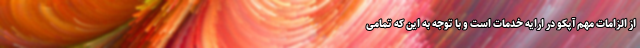
از الزامات مهم آپکو در ارایه خدمات است و با توجه به این که تمامی